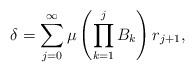
LaTeX: \begin{align*}\delta = \sum_{j=0}^{\infty} \mu\left(\prod_{k=1}^{j}B_k\right)r_{j+1}, \end{align*}